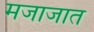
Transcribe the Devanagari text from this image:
मजाजात